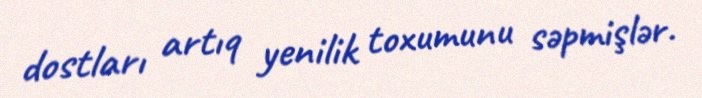
dostları artıq yenilik toxumunu səpmişlər.